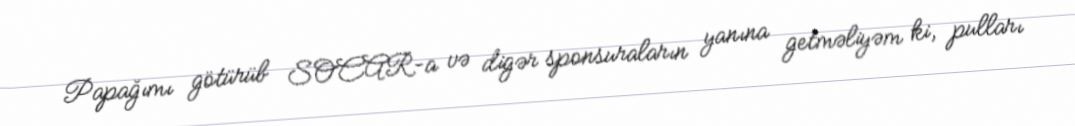
Papağımı götürüb SOCAR-a və digər sponsuraların yanına getməliyəm ki, pulları